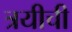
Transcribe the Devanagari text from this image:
त्रयीची